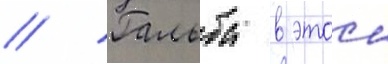
// Гальба в этои